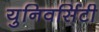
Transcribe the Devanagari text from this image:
युनिवर्सिटी